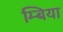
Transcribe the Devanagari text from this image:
म्बिया